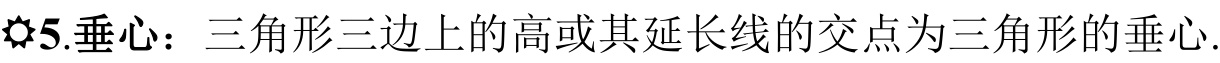
\dagger5.垂心：三角形三边上的高或其延长线的交点为三角形的垂心.